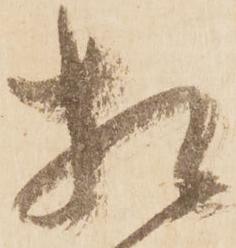
相